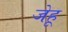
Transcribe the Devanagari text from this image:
जेहू